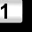
Digit: 1